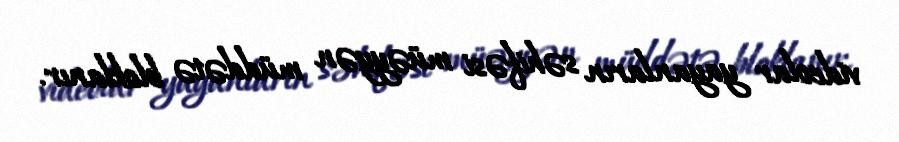
videolar yayanların səhifəsi müəyyən müddətə bloklanır.